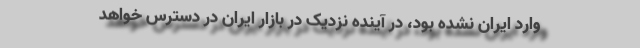
وارد ایران نشده بود، در آینده نزدیک در بازار ایران در دسترس خواهد